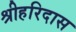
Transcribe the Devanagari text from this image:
श्रीहरिदास